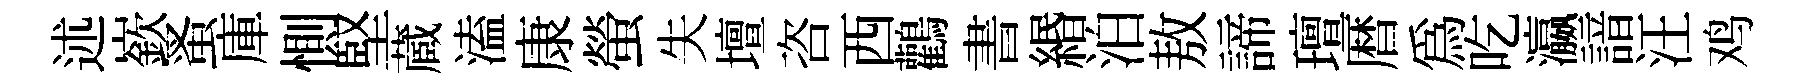
述嶔蚤庫惻堅蔵溘康螢失壇咨西鸛書緡泊敖諦璮暦爲吃瀛諳汪鸡